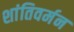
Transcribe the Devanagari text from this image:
शांतिवर्मन